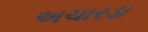
અચારડા